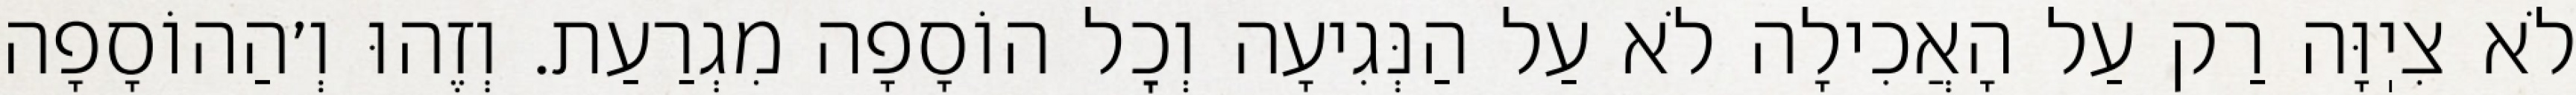
לֹא צִיֽוָּה רַק עַל הָאֲכִילָה לֹא עַל הַנְּגִיעָה וְכׇל הוֹסָפָה מִגְרַעַת. וְזֶהוּ וְ׳הַהוֹסָפָה